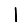
Digit: 1